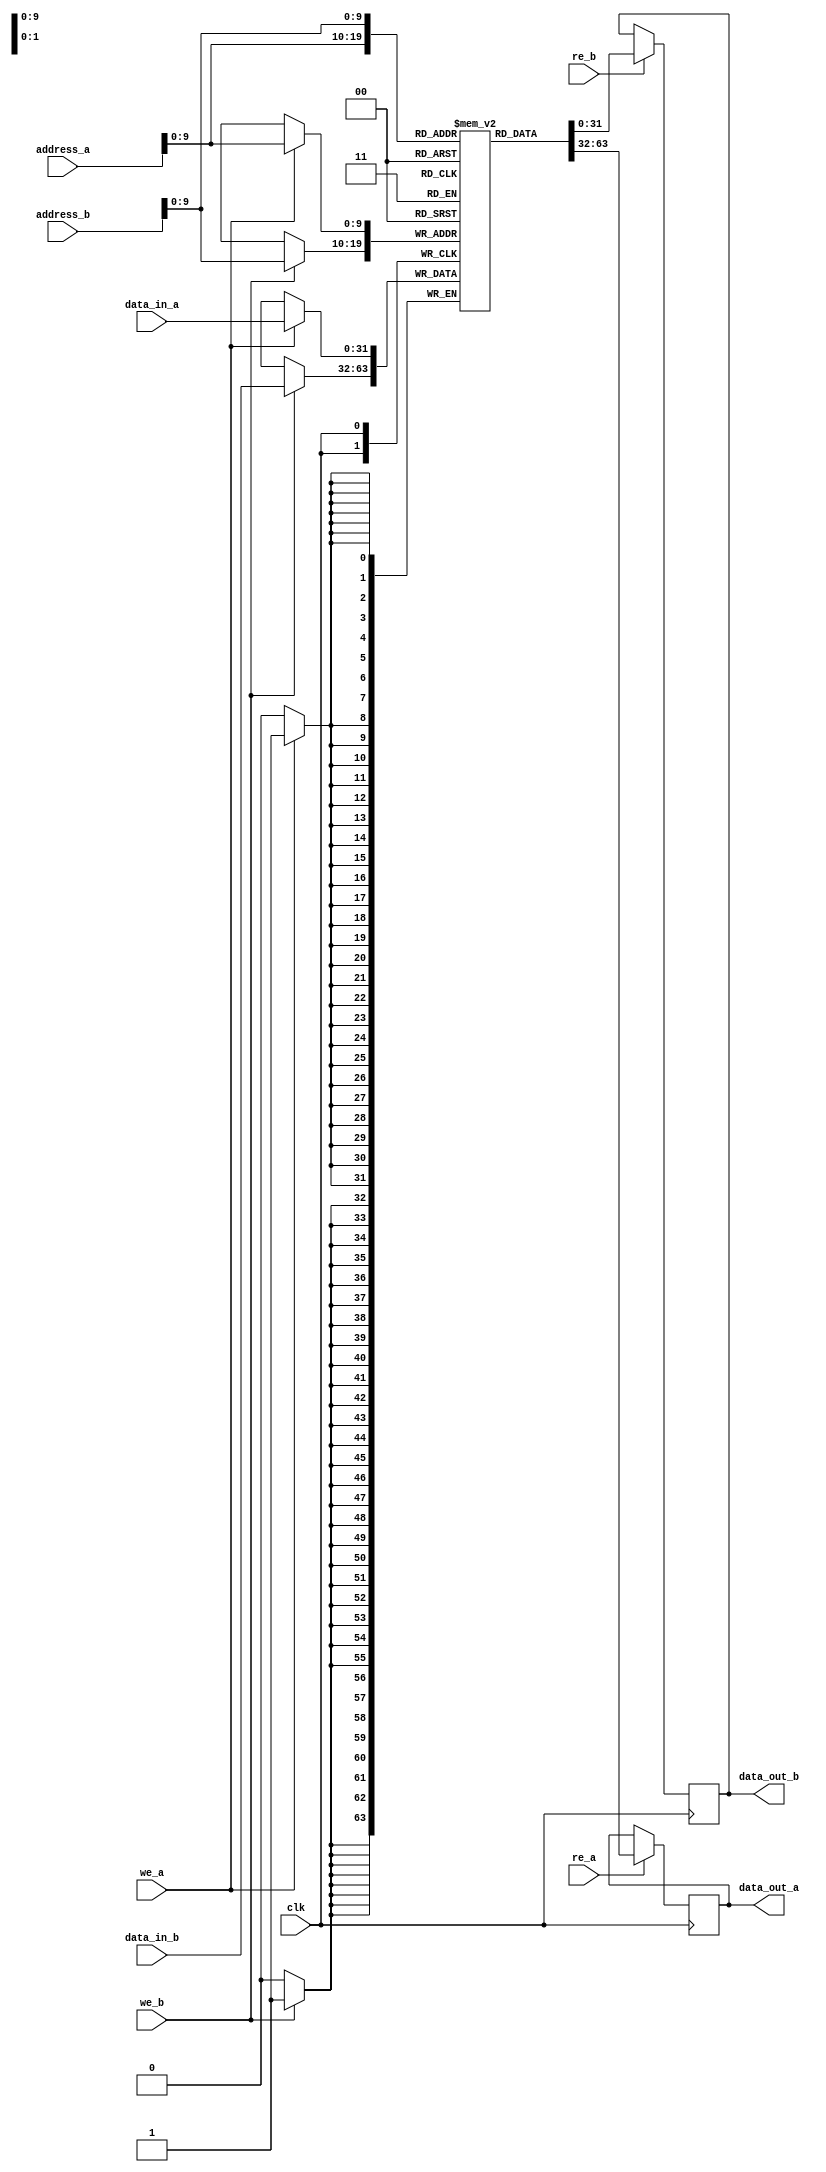
module QDR_SRAM (
    input wire clk,
    input wire [31:0] address_a,
    input wire [31:0] address_b,
    input wire we_a,
    input wire we_b,
    input wire re_a,
    input wire re_b,
    input wire [31:0] data_in_a,
    input wire [31:0] data_in_b,
    output reg [31:0] data_out_a,
    output reg [31:0] data_out_b
);

reg [31:0] memory [0:1023];

always @(posedge clk) begin
    if (we_a) begin
        memory[address_a] <= data_in_a;
    end
    if (we_b) begin
        memory[address_b] <= data_in_b;
    end
    if (re_a) begin
        data_out_a <= memory[address_a];
    end
    if (re_b) begin
        data_out_b <= memory[address_b];
    end
end

endmodule